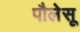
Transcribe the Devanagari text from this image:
पौलेसू